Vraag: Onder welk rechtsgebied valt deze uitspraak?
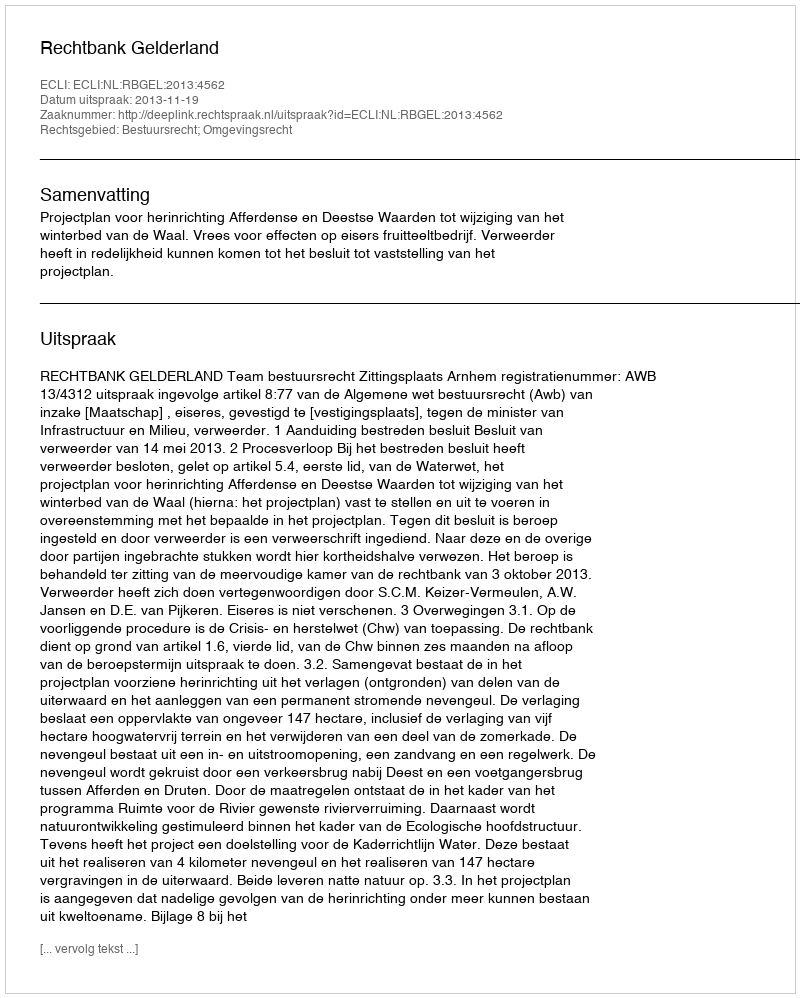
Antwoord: Bestuursrecht; Omgevingsrecht